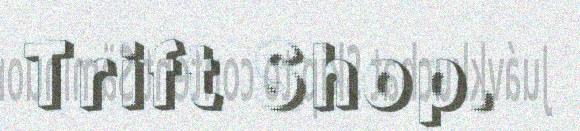
Trift Shop.